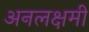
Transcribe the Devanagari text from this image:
अनलक्षमी